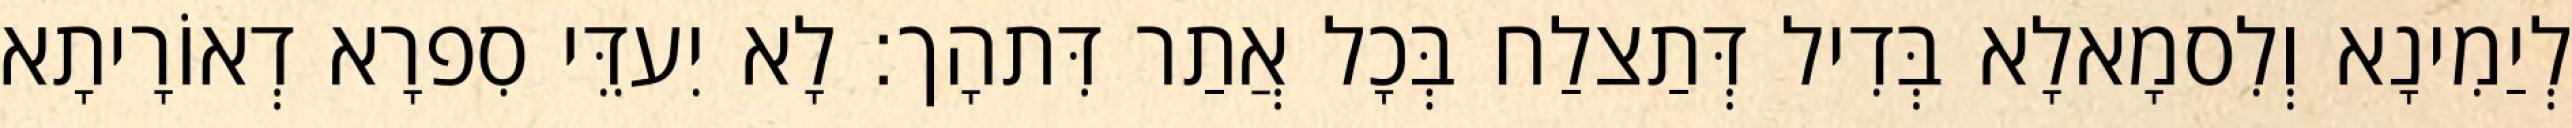
לְיַמִינָא וְלִסמָאלָא בְּדִיל דְּתַצלַח בְּכָל אֲתַר דִּתהָך׃ לָא יִעדֵּי סִפרָא דְאוֹרָיתָא